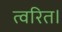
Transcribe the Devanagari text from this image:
त्वरित।